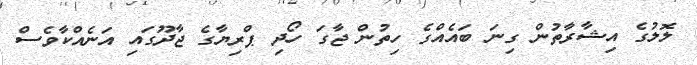
ލޮލުގެ އިޝާރާތުން ގިނަ ބައެއްގެ ހިތުން ޖާގަ ހޯދި ޕްރިޔާގެ ޖާދޫގައި އަނެއްކާވެސް